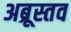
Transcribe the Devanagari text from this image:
अब्रूस्तव